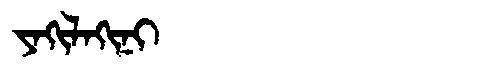
Manchu: ᠶᠠᡴᡳᠯᠠᡴᡳᠨᡳ
Romanization: YAKILAKINI